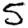
Digit: 5